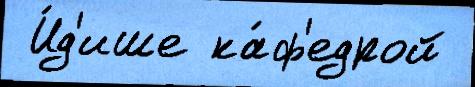
 И́д'ише ка́ф'едрой